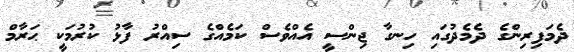
ދެމަފިރިންގެ ދެމެދުގައި ހިނގާ ޖިންސީ އެއްވެސް ކަމެއްގެ ސިއްރު ފާޅު ކުރުމަކީ ޙަރާމް